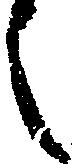
之